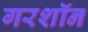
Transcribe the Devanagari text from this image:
गरशॉन